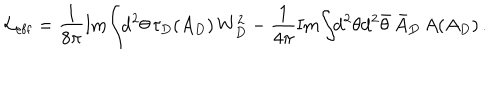
LaTeX: { \cal L } _ { \mathrm { e f f } } = \frac { 1 } { 8 \pi } \mathrm { I m } \! \int \! \! \mathrm { d } ^ { 2 } \theta \, \tau _ { D } ( A _ { D } ) \, W _ { D } ^ { 2 } - \frac { 1 } { 4 \pi } \mathrm { I m } \! \int \! \! \mathrm { d } ^ { 2 } \theta \mathrm { d } ^ { 2 } \bar { \theta } \, \bar { A } _ { D } \, A ( A _ { D } ) \, .